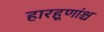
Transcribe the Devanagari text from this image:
हारहूणांश्च